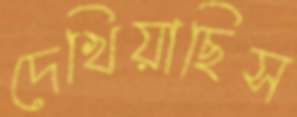
দেখিয়াছিস